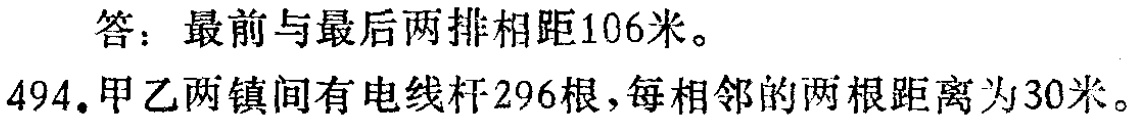
答：最前与最后两排相距106米。

494. 甲乙两镇间有电线杆296根，每相邻的两根距离为30米。